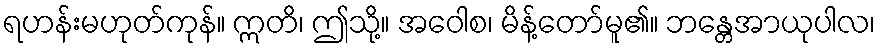
ရဟန်းမဟုတ်ကုန်။ ဣတိ၊ ဤသို့။ အဝေါစ၊ မိန့်တော်မူ၏။ ဘန္တေအာယုပါလ၊